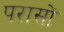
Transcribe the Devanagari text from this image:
परासों